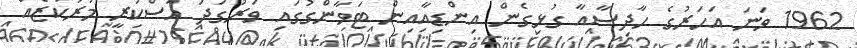
1962 ވަނަ އަހަރުގެ ހާދިސާއާ ގުޅިގެން އިންޑިއާއިން ޓަވާންގުގައި ވަރުގަދަ އަސްކަރީ މަރުކަޒެއް